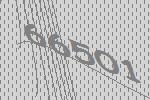
66501